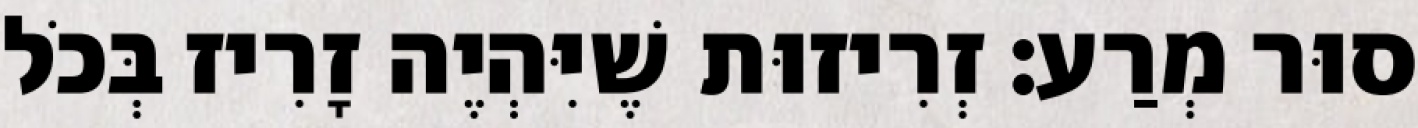
סוּר מְרַע: זְרִיזוּת שֶׁיִּהְיֶה זָרִיז בְּכֹל